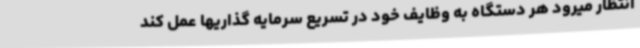
انتظار میرود هر دستگاه به وظایف خود در تسریع سرمایه گذاریها عمل کند